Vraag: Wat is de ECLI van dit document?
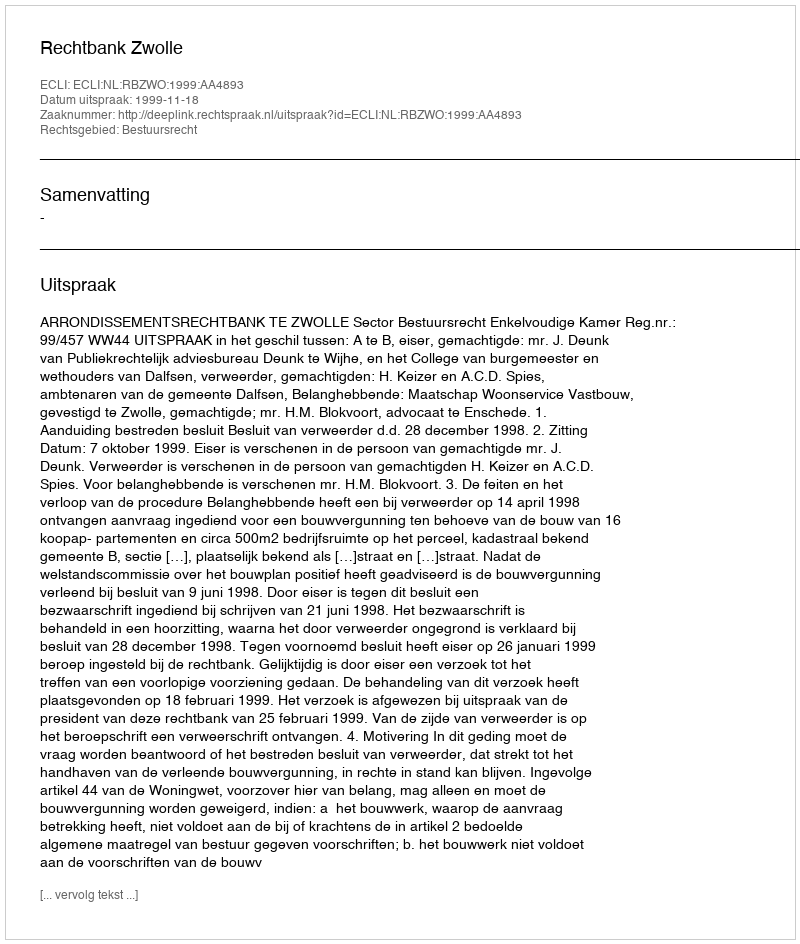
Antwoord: ECLI:NL:RBZWO:1999:AA4893